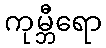
ကုမ္ဘီရော